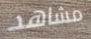
مشاهد